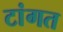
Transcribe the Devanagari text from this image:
टांगत